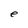
Character: e